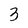
Character: 3